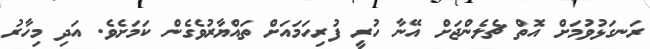
ރަނގަޅުވުމަށް އޮތް ޗެލެންޖަށް އޭނާ ހުރީ ފުރިހަމައަށް ތައްޔާރުވެގެން ކަމަށެވެ. އަދި މިހާރު